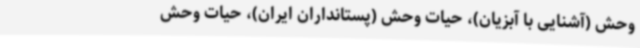
‌وحش (آشنایی با آبزیان)، حیات ‌وحش (پستانداران ایران)، حیات‌ وحش